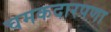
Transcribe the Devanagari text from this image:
चमकदारपणा